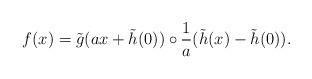
LaTeX: \begin{align*}f(x)=\tilde g(ax+\tilde h(0))\circ \frac{1}{a}(\tilde h(x)-\tilde h(0)).\end{align*}